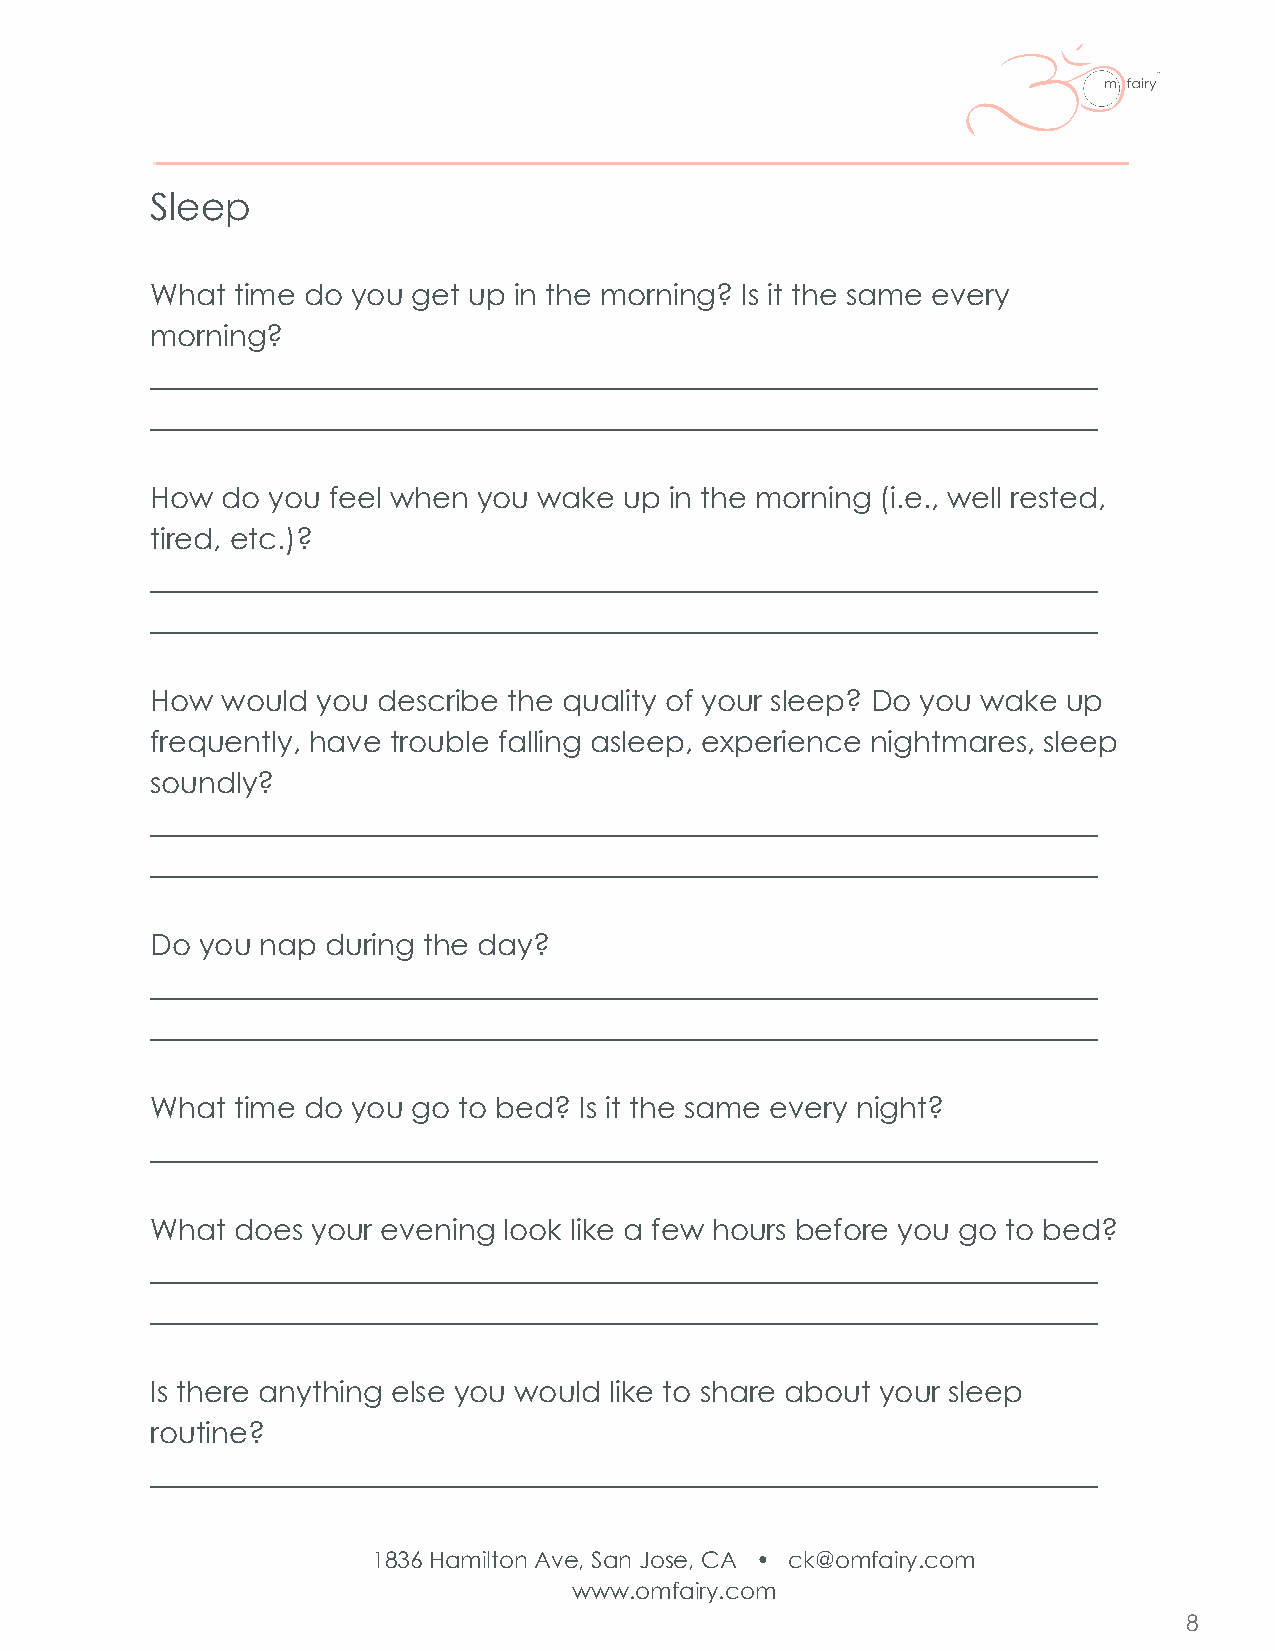
Sleep
 What time do you get up in the morning? Is it the same every
 morning?
 _________________________________________________________________
 _________________________________________________________________
 How  do you feel when you wake up in the morning (i.e., well rested,
 tired, etc.)?
 _________________________________________________________________
 _________________________________________________________________
 How  would you describe the quality of your sleep? Do you wake up
 frequently, have trouble falling asleep, experience nightmares, sleep
 soundly?
 _________________________________________________________________
 _________________________________________________________________
 Do you nap  during the day?
 _________________________________________________________________
 _________________________________________________________________
 What time do you go to bed? Is it the same every night?
 _________________________________________________________________
 What does  your evening look like a few hours before you go to bed?
 _________________________________________________________________
 _________________________________________________________________
 Is there anything else you would like to share about your sleep
 routine?
 _________________________________________________________________
 1836 Hamilton Ave, San Jose, CA • ck@omfairy.com
 www.omfairy.com
 8